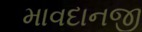
માવદાનજી